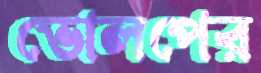
ভোলপের